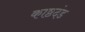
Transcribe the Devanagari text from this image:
काष्ठदंड